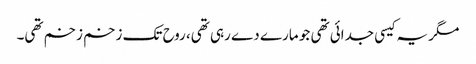
مگر یہ کیسی جدائی تھی جو مارے دے رہی تھی، روح تک زخم زخم تھی۔